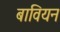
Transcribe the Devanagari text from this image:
बावियन